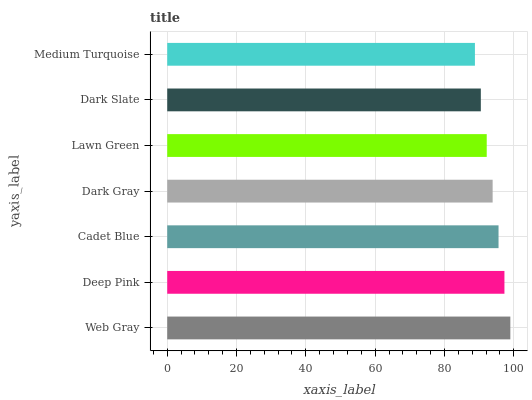
| yaxis_label | bars |
 | --- | --- |
 | Web Gray | 99 |
 | Deep Pink | 97.3 |
 | Cadet Blue | 95.6 |
 | Dark Gray | 93.9 |
 | Lawn Green | 92.2 |
 | Dark Slate | 90.5 |
 | Medium Turquoise | 88.8 |